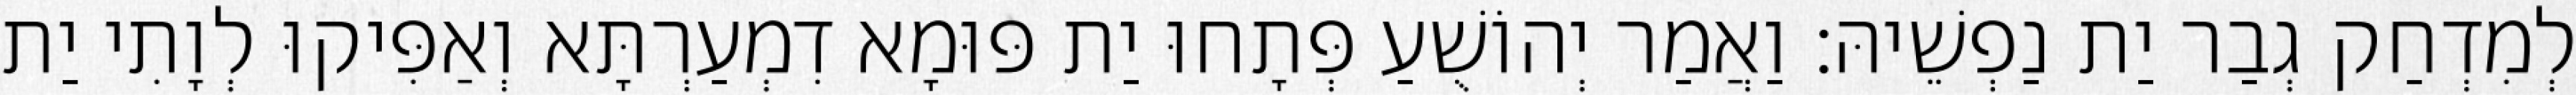
לְמִדְחַק גְבַר יַת נַפְשֵׁיהּ׃ וַאֲמַר יְהוֹשֻׁעַ פְּתָחוּ יַת פּוּמָא דִמְעַרְתָּא וְאַפִּיקוּ לְוָתִי יַת